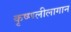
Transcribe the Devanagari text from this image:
कृष्णलीलागान